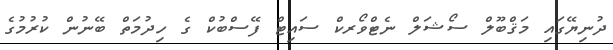
ދުނިޔޭގައި މަޤްބޫލް ސޯޝަލް ނެޓްވޯރކް ސައިޓް ފޭސްބުކް ގެ ހިދުމަތް ބޭނުން ކުރުމުގެ